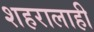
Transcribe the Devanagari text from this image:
शहरालाही